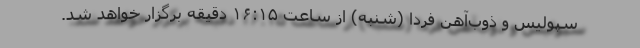
سپولیس و ذوب‌آهن فردا (شنبه) از ساعت ۱۶:۱۵ دقیقه برگزار خواهد شد.